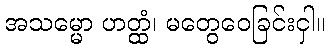
အသမ္မော ဟတ္ထံ၊ မတွေဝေခြင်းငှါ။